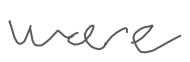
Text: were
Cross-out: clean
Writing tool: digital_gray